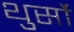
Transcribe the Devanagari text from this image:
थुर्सो